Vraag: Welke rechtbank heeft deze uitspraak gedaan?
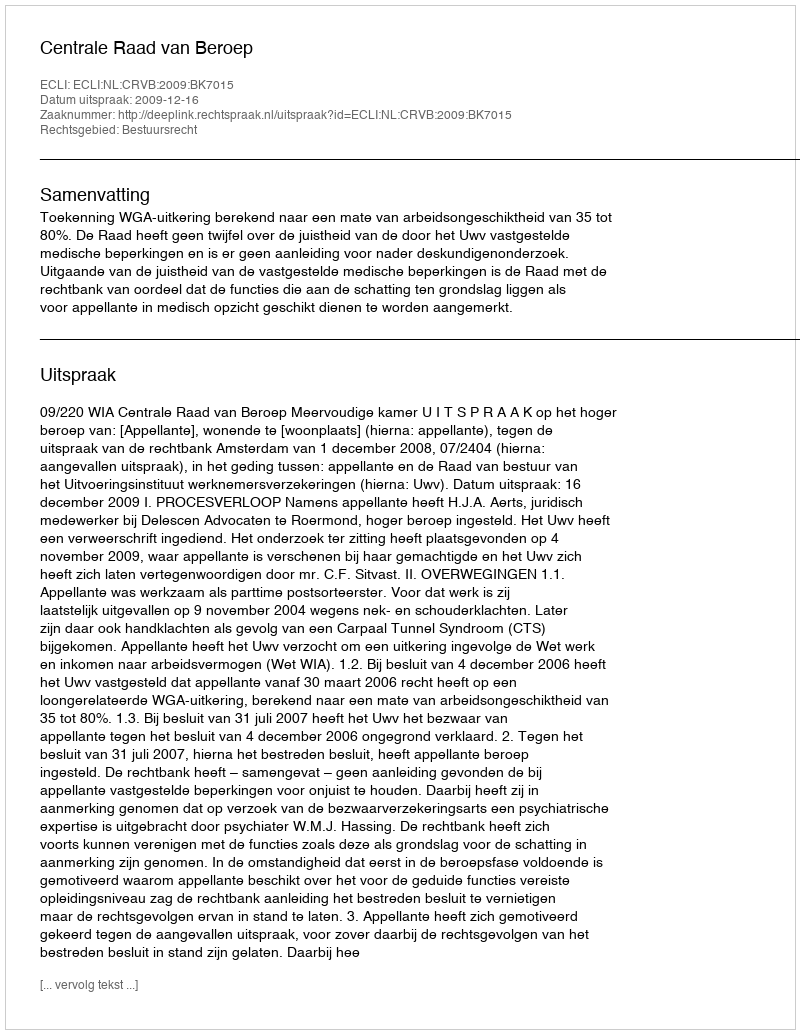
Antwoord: Centrale Raad van Beroep